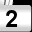
Digit: 2